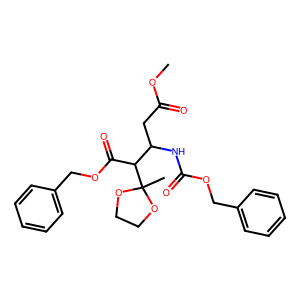
SMILES: COC(=O)CC(NC(=O)OCc1ccccc1)C(C(=O)OCc1ccccc1)C1(C)OCCO1
Inhibits HIV replication: No